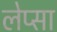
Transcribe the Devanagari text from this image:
लेप्सा